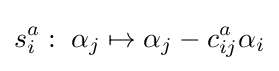
s_{i}^{a}:\;\alpha _{j}\mapsto \alpha _{j}-c_{ij}^{a}\alpha _{i}